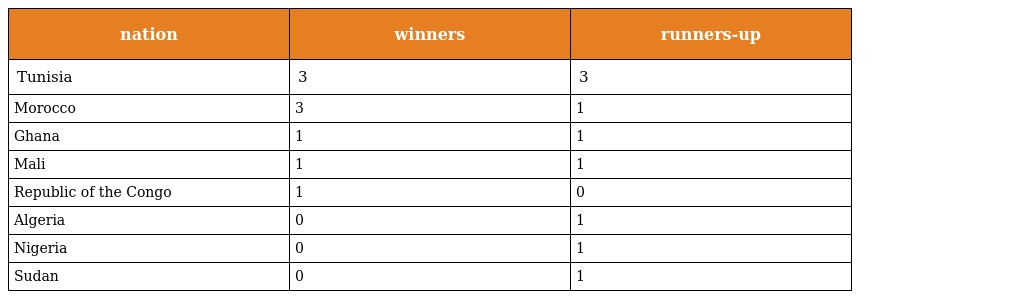
| nation | winners | runners-up |
 | --- | --- | --- |
 | Tunisia | 3 | 3 |
 | Morocco | 3 | 1 |
 | Ghana | 1 | 1 |
 | Mali | 1 | 1 |
 | Republic of the Congo | 1 | 0 |
 | Algeria | 0 | 1 |
 | Nigeria | 0 | 1 |
 | Sudan | 0 | 1 |